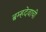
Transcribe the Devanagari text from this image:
ब्रम्हदेवाची